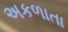
અકળાતા